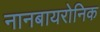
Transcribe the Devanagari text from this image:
नानबायरोनिक